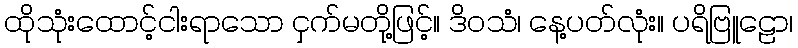
ထိုသုံးထောင့်ငါးရာသော ငှက်မတို့ဖြင့်။ ဒိဝသံ၊ နေ့ပတ်လုံး။ ပရိဗြူဠော၊